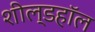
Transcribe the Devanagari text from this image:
शील्डहॉल